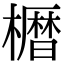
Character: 𫞒